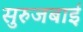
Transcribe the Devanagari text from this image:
सुरुजबाई